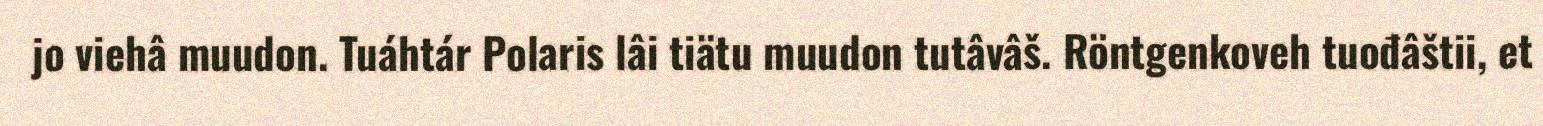
jo viehâ muudon. Tuáhtár Polaris lâi tiätu muudon tutâvâš. Röntgenkoveh tuođâštii, et